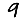
Digit: 9